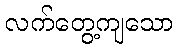
လက်တွေ့ကျသော